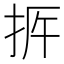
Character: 𢫳